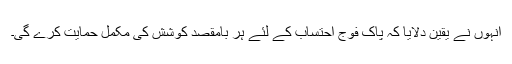
انہوں نے یقین دلایا کہ پاک فوج احتساب کے لئے ہر بامقصد کوشش کی مکمل حمایت کرے گی۔